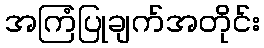
အကြံပြုချက်အတိုင်း